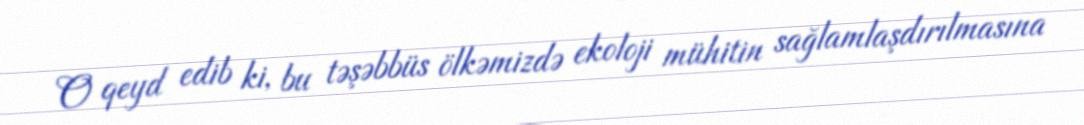
O qeyd edib ki, bu təşəbbüs ölkəmizdə ekoloji mühitin sağlamlaşdırılmasına